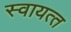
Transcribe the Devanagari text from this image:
स्‍वायत्‍त